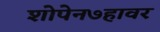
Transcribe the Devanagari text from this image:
शोपेन७हावर